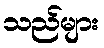
သည်များ